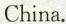
China.